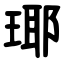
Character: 瑘